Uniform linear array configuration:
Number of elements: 24
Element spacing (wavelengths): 0.75
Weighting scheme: kaiser
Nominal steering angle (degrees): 0
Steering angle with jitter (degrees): -1.777
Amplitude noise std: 0.05
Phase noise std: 0.05

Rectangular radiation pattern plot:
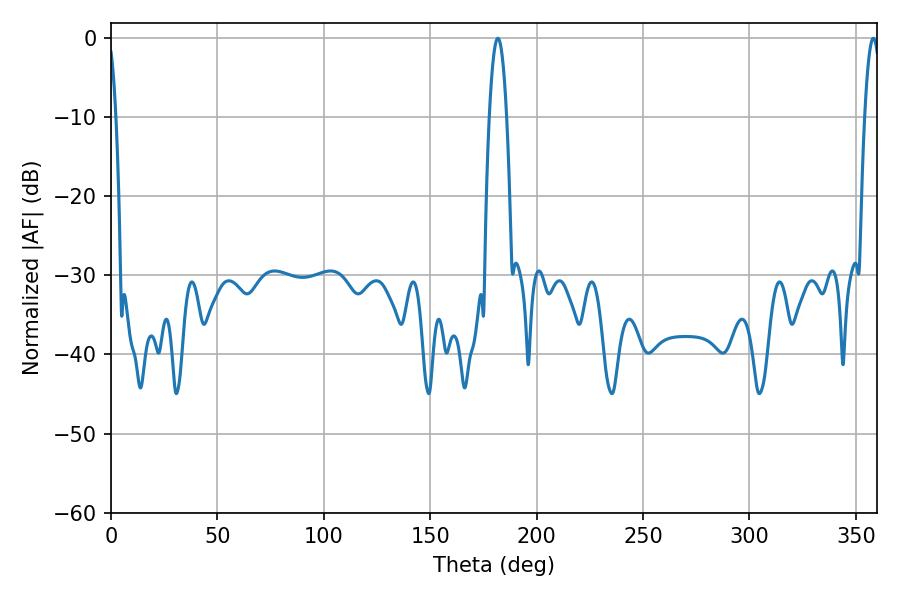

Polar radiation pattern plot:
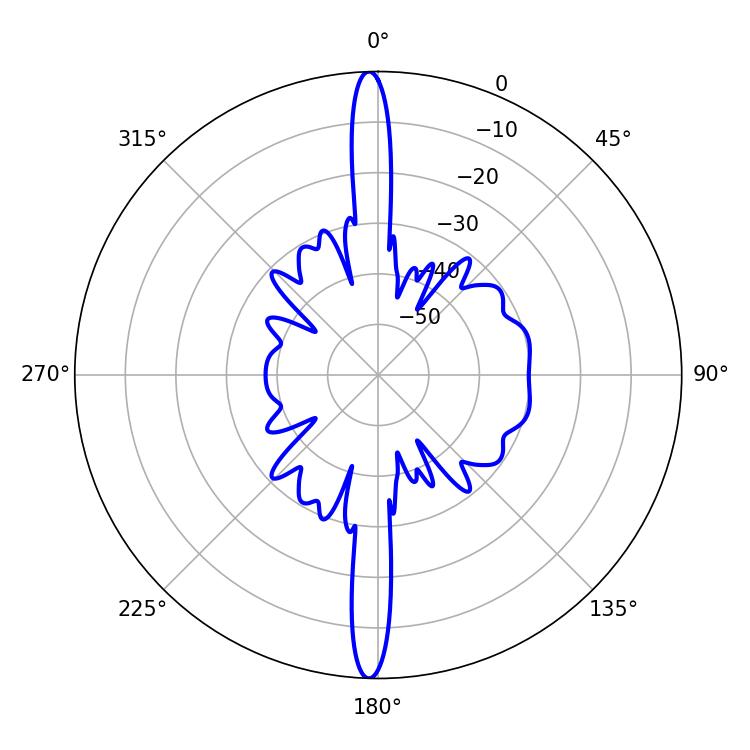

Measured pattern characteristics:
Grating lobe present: TRUE
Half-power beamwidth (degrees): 4.32
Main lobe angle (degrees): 181.8